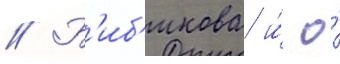
// Б'иб'икова и́ о́